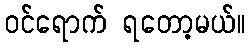
ဝင်ရောက် ရတော့မယ်။